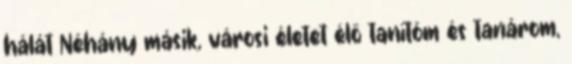
hálát Néhány másik, városi életet élő tanítóm és tanárom,